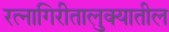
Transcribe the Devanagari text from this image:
रत्‍नागिरीतालुक्यातील